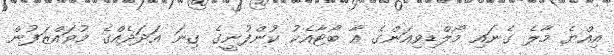
އިއްޔެ މާލެ ގެނައި މޯލްޑިވިއަންގެ އާ ބޯޓާއެކު ކުންފުނީގެ ގިނަ އަދަދެއްގެ މުވައްޒަފުން